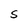
Character: S